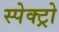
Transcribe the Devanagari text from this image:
स्पेक्ट्रो